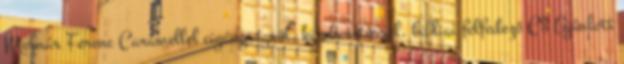
Molnár Ferenc Caramellel cigányságról, kirekesztésrõl, bibliai felfedező C3 Ajánlott